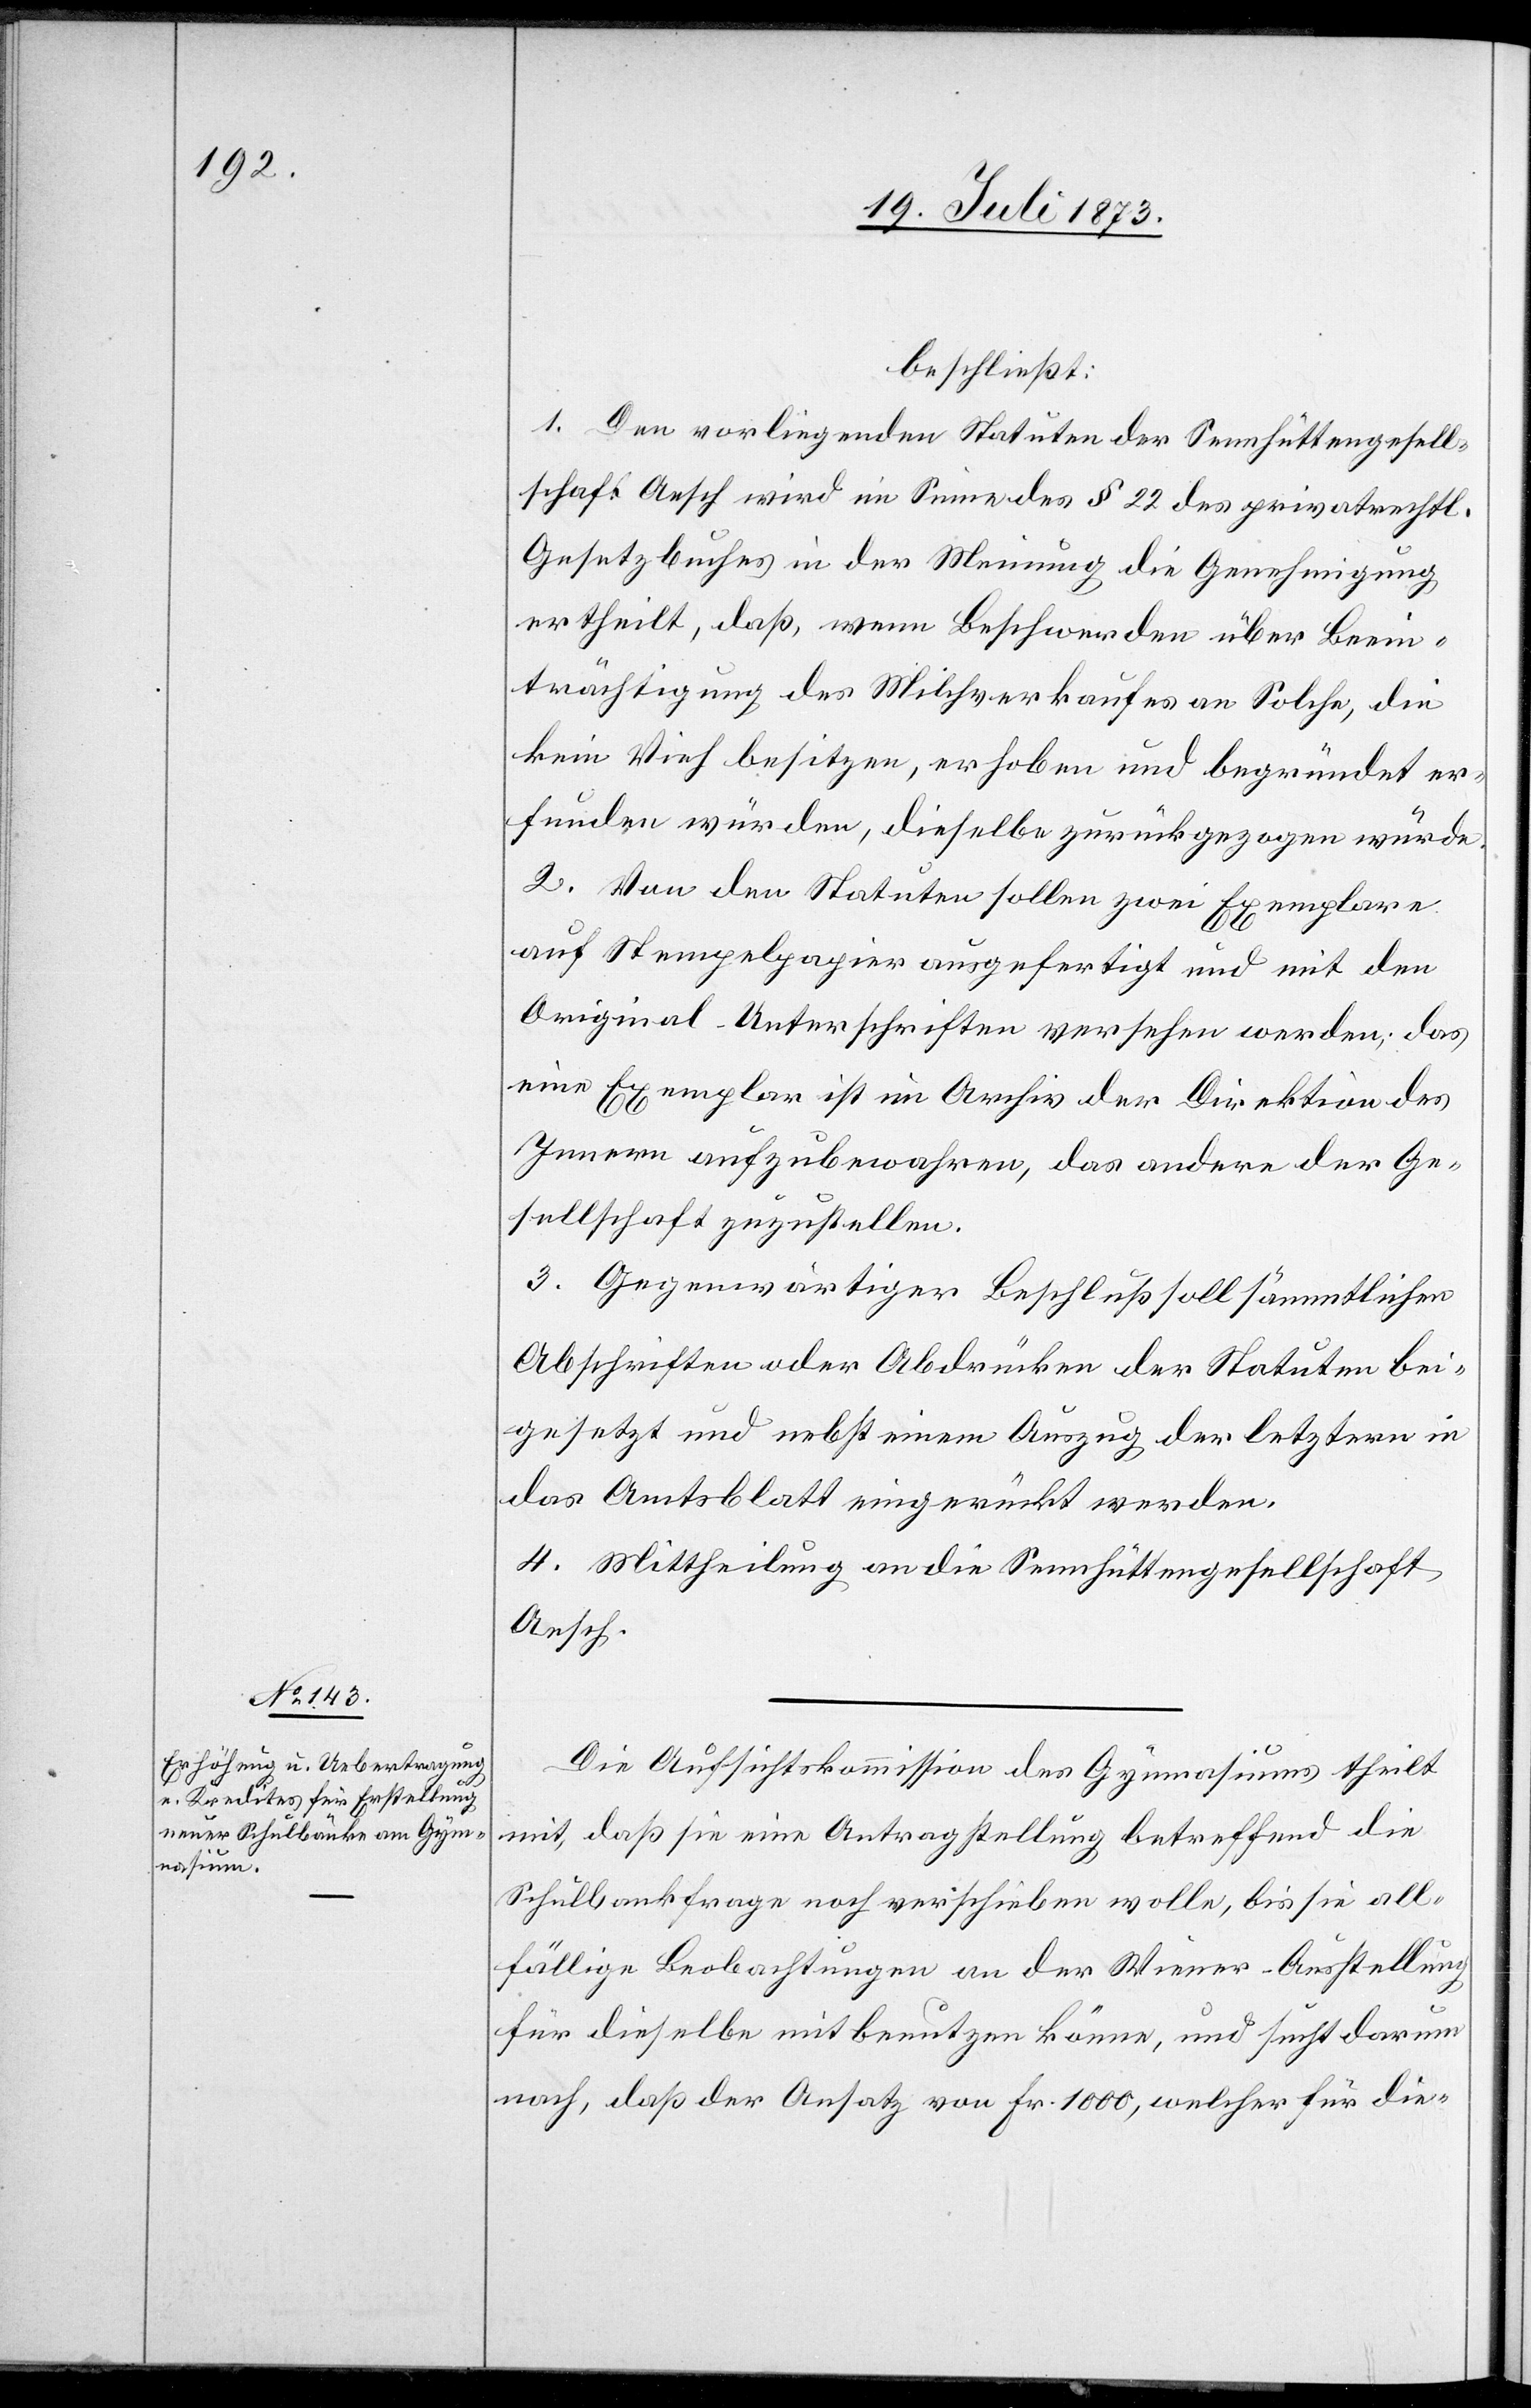
beschließt:
1. Den vorliegenden Statuten der Sennhüttengesell¬
schaft Aesch wird im Sinne des § 22 des privatrechtl.
Gesetzbuches in der Meinung die Genehmigung
ertheilt, daß, wenn Beschwerden über Beein¬
trächtigung des Milchverkaufes an Solche, die
kein Vieh besitzen, erhoben und begründet er¬
funden würden, dieselbe zurückgezogen würde.
2. Von den Statuten sollen zwei Exemplare
auf Stempelpapier ausgefertigt und mit den
Original-Unterschriften versehen werden; das
eine Exemplar ist im Archiv der Direktion des
Innern aufzubewahren, das andere der Ge¬
sellschaft zuzustellen.
3. Gegenwärtiger Beschluß soll sämmtlichen
Abschriften oder Abdrücken der Statuten bei¬
gesetzt und nebst einem Auszug der letztern in
das Amtsblatt eingerückt werden.
3. Mittheilung an die Sennhüttengesellschaft
Aesch.
Die Aufsichtskommission des Gymnasiums theilt
mit, daß sie eine Antragstellung betreffend die
Schulbankfrage noch verschieben wolle, bis sie all¬
fällige Beobachtungen an der Wiener-Ausstellung
für dieselbe mit benutzen könne, und sucht darum
nach, daß der Ansatz von Fr. 1 000, welcher für die-